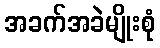
အခက်အခဲမျိုးစုံ